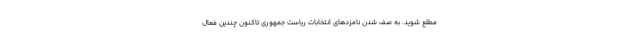
مطلع شوید. به صف شدن نامزدهای انتخابات ریاست جمهوری تاکنون چندین فعال